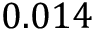
0 . 0 1 4